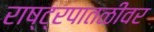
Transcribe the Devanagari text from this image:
राष्ट्रपातळीवर